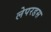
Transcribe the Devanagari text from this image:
लेपरडस